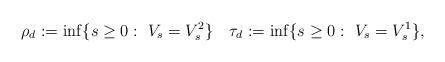
LaTeX: \begin{align*}\rho_d:=\inf\{s\geq 0:\ V_s=V_s^2\}\quad\tau_d:=\inf\{s\geq 0:\ V_s=V_s^1\},\end{align*}